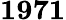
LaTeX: \mathbf{1971}